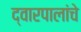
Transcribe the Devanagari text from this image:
द्वारपालांचे